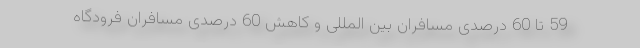
59 تا 60 درصدی مسافران بین المللی و کاهش 60 درصدی مسافران فرودگاه